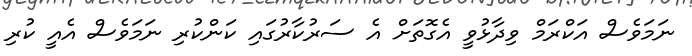
ނަމަވެސް އަކްރަމް ވިދާޅުވީ އެގޮތަށް އެ ސަރުކާރުގައި ކަންކުރި ނަމަވެސް އެއީ ކުރި